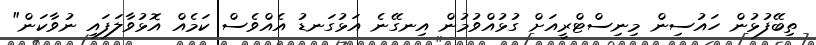
ތިބޭފުޅުން ހައުސިން މިނިސްޓްރީއަށް ގުޅުއްވުމުން އިނގޭނެ އަޅުގަނޑު އެއްވެސް ކަމެއް އޮޅުވާލަފައި ނުވާކަން"